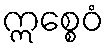
ဣစ္စေဝံ